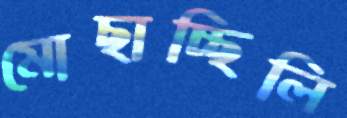
মোছাচ্ছিলি